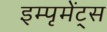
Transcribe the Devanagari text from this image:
इम्पृमेंट्स